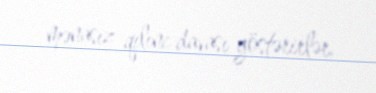
mənasız qılınc davası göstərirlər.